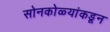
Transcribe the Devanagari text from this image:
सोनकोळ्यांकडून